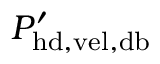
P _ { \mathrm { h d , v e l , d b } } ^ { \prime }